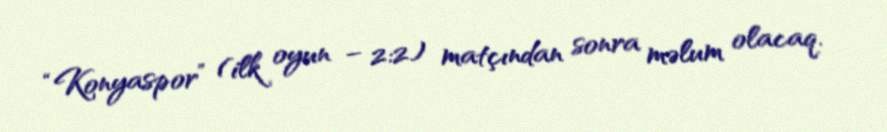
“Konyaspor” (ilk oyun – 2:2) matçından sonra məlum olacaq.